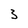
Character: 3